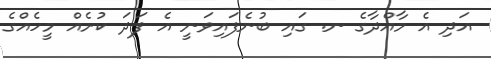
އަދި އެ މާއްދާގެ ނ. ގައި ބުނެފައިވަނީ އެ ފަދަ ކުށެއް މީހެއްގެ